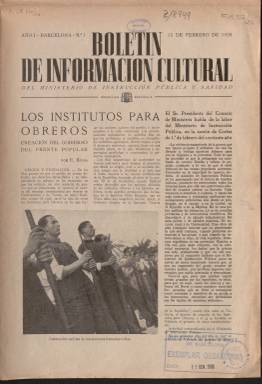
Título: Boletín de información cultural del Ministerio de Instrucción Pública y Sanidad
Otros títulos: Boletín de información cultural || Boletín del Ministerio de Instrucción Pública
Colección: Cultura || Guerra civil
Ámbito geográfico: Barcelona
Lugar de publicación: Barcelona
Fechas: 15/02/1938-15/02/1938